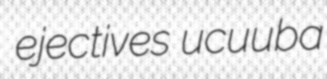
ejectives ucuuba